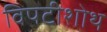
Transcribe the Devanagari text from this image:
विपटीशोथ